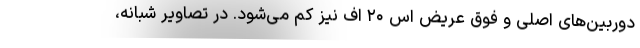
دوربین‌های اصلی و فوق عریض اس ۲۰ اف نیز کم می‌شود. در تصاویر شبانه،